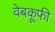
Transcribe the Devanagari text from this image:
वेबकूफी